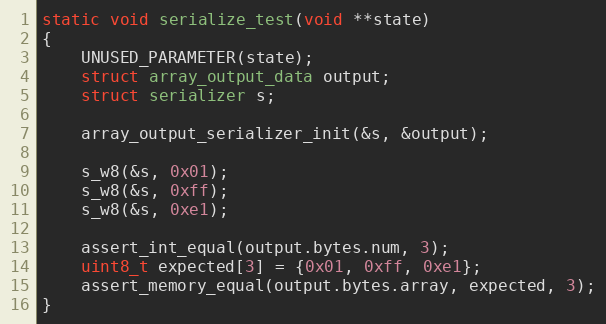
Language: C
static void serialize_test(void **state)
{
	UNUSED_PARAMETER(state);
	struct array_output_data output;
	struct serializer s;

	array_output_serializer_init(&s, &output);

	s_w8(&s, 0x01);
	s_w8(&s, 0xff);
	s_w8(&s, 0xe1);

	assert_int_equal(output.bytes.num, 3);
	uint8_t expected[3] = {0x01, 0xff, 0xe1};
	assert_memory_equal(output.bytes.array, expected, 3);
}